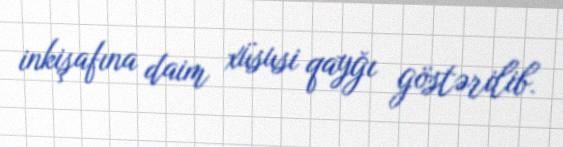
inkişafına daim xüsusi qayğı göstərilib.